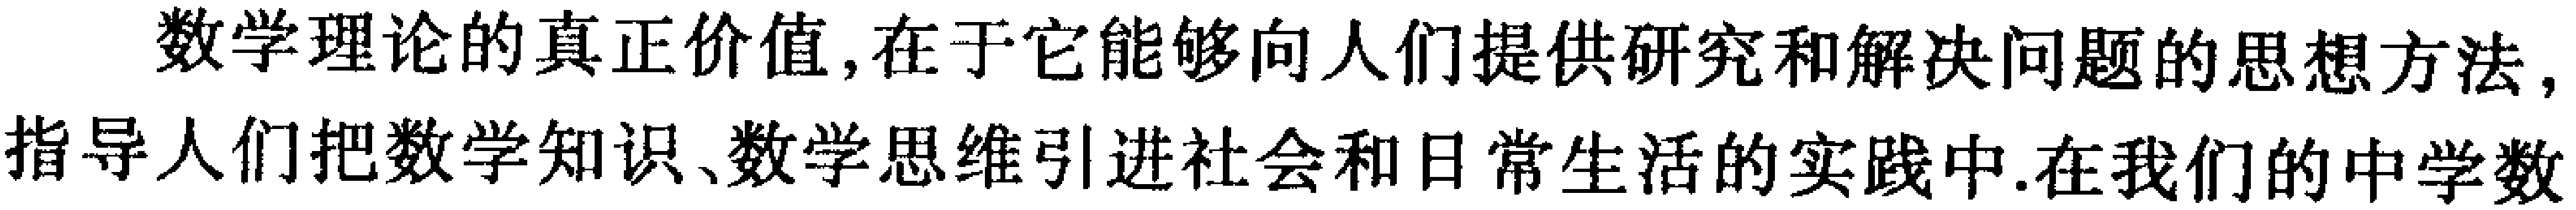
数学理论的真正价值,在于它能够向人们提供研究和解决问题的思想方法,指导人们把数学知识、数学思维引进社会和日常生活的实践中.在我们的中学数